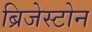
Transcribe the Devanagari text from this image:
ब्रिजेस्टोन